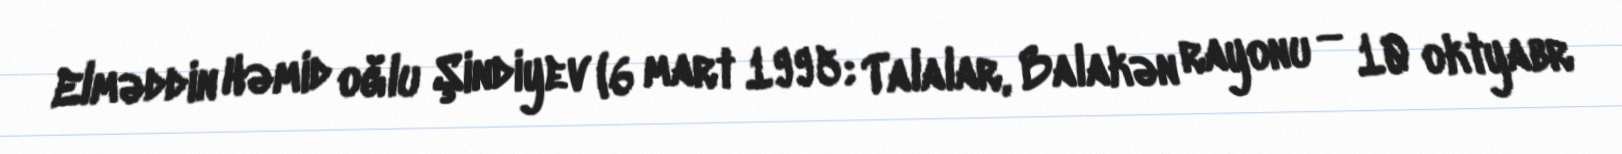
Elməddin Həmid oğlu Şindiyev (6 mart 1995; Talalar, Balakən rayonu — 10 oktyabr